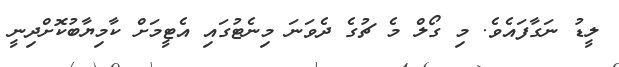
ލީޑު ނަގާފައެވެ. މި ގޯލް މެ ޗުގެ ދެވަނަ މިނެޓުގައި އެޓީމަށް ކާމިޔާބުކޮށްދިނީ